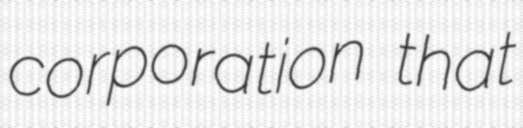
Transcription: corporation that